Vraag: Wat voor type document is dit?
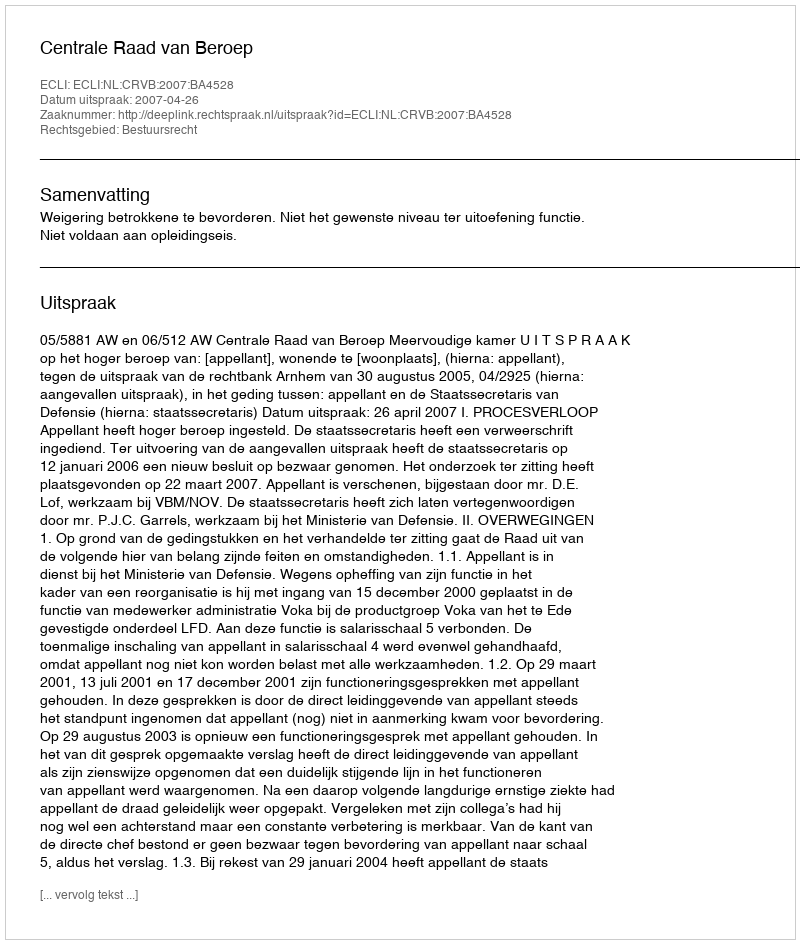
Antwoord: Uitspraak